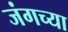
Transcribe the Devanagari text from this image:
जंगच्या